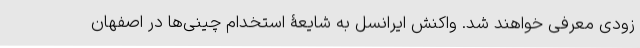
زودی معرفی خواهند شد. واکنش ایرانسل به شایعۀ استخدام چینی‌ها در اصفهان